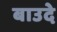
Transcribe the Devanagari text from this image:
बाउदे